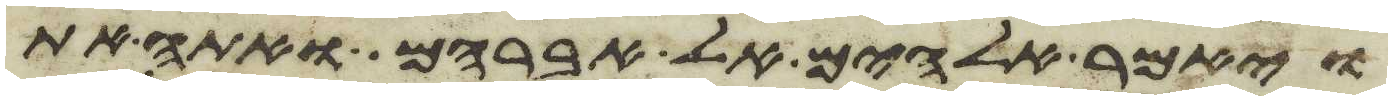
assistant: ויאמר אלהים אל אברהם ואתה את